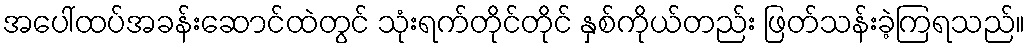
အပေါ်ထပ်အခန်းဆောင်ထဲတွင် သုံးရက်တိုင်တိုင် နှစ်ကိုယ်တည်း ဖြတ်သန်းခဲ့ကြရသည်။